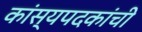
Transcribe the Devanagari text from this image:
कांस्यपदकांची